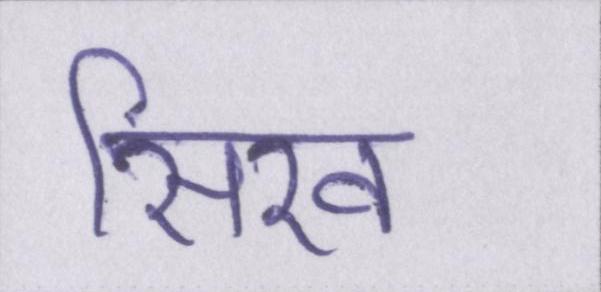
सिख